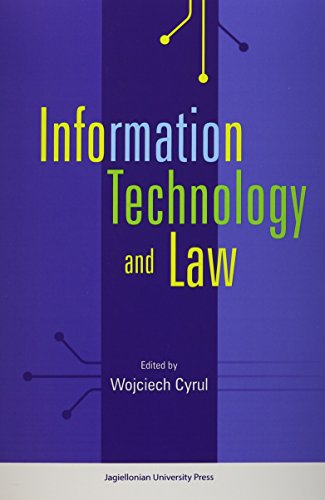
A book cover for Information Technology and Law; Computers & Technology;